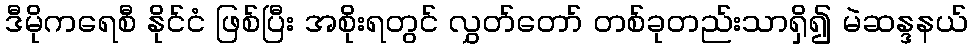
ဒီမိုကရေစီ နိုင်ငံ ဖြစ်ပြီး အစိုးရတွင် လွှတ်တော် တစ်ခုတည်းသာရှိ၍ မဲဆန္ဒနယ်